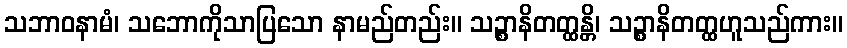
သဘာဝနာမံ၊ သဘောကိုသာပြသော နာမည်တည်း။ သဉ္စာနိတတ္ထန္တိ၊ သဉ္စာနိတတ္ထဟူသည်ကား။